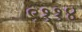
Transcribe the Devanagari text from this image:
९११४